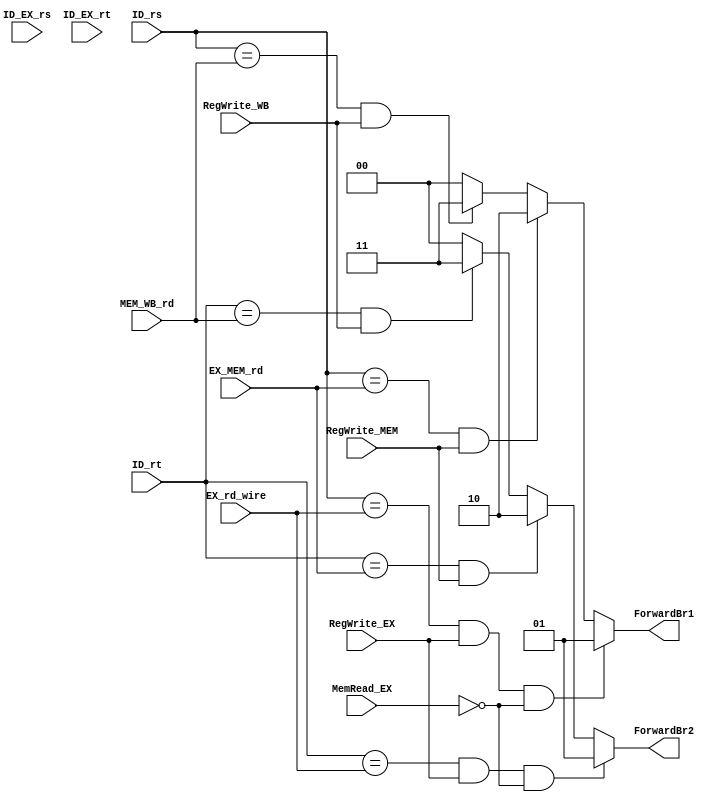
module Forwarding_Unit(
    input [1:0] ID_rs,
    input [1:0] ID_rt,
    input [1:0] ID_EX_rs,
    input [1:0] ID_EX_rt,
    input [1:0] EX_rd_wire,
    input [1:0] EX_MEM_rd,
    input [1:0] MEM_WB_rd,
    
    input RegWrite_EX,
    input RegWrite_MEM,
    input RegWrite_WB,
    input MemRead_EX,
   
    
    output reg [1:0] ForwardBr1,
    output reg [1:0] ForwardBr2
);

// ForwardBr1
always @(*) begin
    if(ID_rs == EX_rd_wire && RegWrite_EX && !MemRead_EX) ForwardBr1 = 2'd1;
    else if(ID_rs == EX_MEM_rd && RegWrite_MEM) ForwardBr1 = 2'd2;
    else if(ID_rs == MEM_WB_rd && RegWrite_WB) ForwardBr1 = 2'd3;
    else ForwardBr1 = 2'd0;
end



// ForwardBr2
always @(*) begin
    if(ID_rt == EX_rd_wire && RegWrite_EX && !MemRead_EX) ForwardBr2 = 2'd1;
    else if(ID_rt == EX_MEM_rd && RegWrite_MEM) ForwardBr2 = 2'd2;
    else if(ID_rt == MEM_WB_rd && RegWrite_WB) ForwardBr2 = 2'd3;
    else ForwardBr2 = 2'd0;
end
endmodule